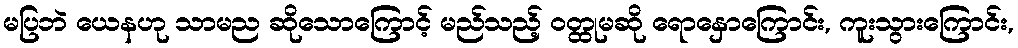
မပြဘဲ ယေနဟု သာမည ဆိုသောကြောင့် မည်သည့် ဝတ္ထုမဆို ရောနှောကြောင်း, ကူးသွားကြောင်း,